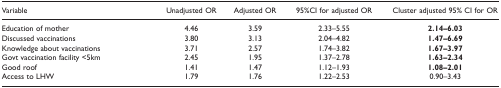
| Variable | Unadjusted OR | Adjusted OR | 95%CI for adjusted OR | Cluster adjusted 95% CI for OR |
 | --- | --- | --- | --- | --- |
 | Education of mother | 4.46 | 3.59 | 2.33-5.55 | 2.14-6.03 |
 | Discussed vaccinations | 3.80 | 3.13 | 2.04-4.82 | 1.47-6.69 |
 | Knowledge about vaccinations | 3.71 | 2.57 | 1.74-3.82 | 1.67-3.97 |
 | Govt vaccination facility <5 km | 2.45 | 1.95 | 1.37-2.78 | 1.63-2.34 |
 | Good roof | 1.41 | 1.47 | 1.12-1.93 | 1.08-2.01 |
 | Access to LHW | 1.79 | 1.76 | 1.22-2.53 | 0.90-3.43 |